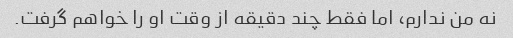
نه من ندارم، اما فقط چند دقیقه از وقت او را خواهم گرفت.